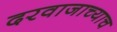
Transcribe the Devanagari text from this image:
दरवाजाच्याच